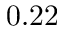
0 . 2 2